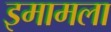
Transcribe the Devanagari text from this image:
इमामला